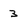
Character: 3